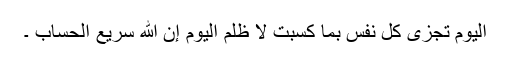
الْيَوْمَ تُجْزَى كُلُّ نَفْسٍ بِمَا كَسَبَتْ لَا ظُلْمَ الْيَوْمَ إِنَّ اللَّهَ سَرِيعُ الْحِسَابِ ۔